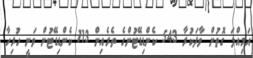
އަމިއްލަ ގޮތުން ވާދަކުރާ 543 ކެންޑިޑޭޓުންގެ ތެރެއިން 113 ކެންޑިޑޭޓުން ވަނީ ހުރިހާ